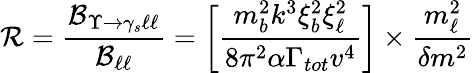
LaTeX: {\cal R}=\frac{{\cal B}_{\Upsilon{\rightarrow}\gamma_{s}\ell\ell}}{{\cal B}_{\ell\ell}}=\biggl[\frac{m_{b}^{2}k^{3}\xi_{b}^{2}\xi_{\ell}^{2}}{8\pi^{2}{\alpha}\Gamma_{tot}v^{4}}\biggr]\times\frac{m_{\ell}^{2}}{{\delta}m^{2}}